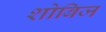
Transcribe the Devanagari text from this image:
शोबिज